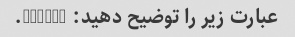
عبارت زیر را توضیح دهید: "YOLO".